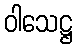
ဝါသေဋ္ဌ